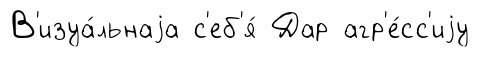
В'изуа́льнаjа с'еб'я́ Дар агр'е́сс'иjу